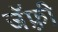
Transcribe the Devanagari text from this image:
जॅफ़्री